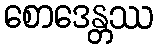
စောဒေန္တဿ